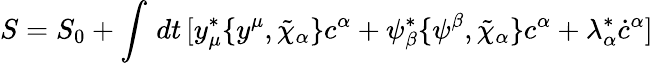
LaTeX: S=S_{0}+\int\, dt\, [y_{\mu}^{*}\{ y^{\mu},\tilde{\chi}_{\alpha}\} c^{\alpha}+\psi_{\beta}^{*}\{ \psi^{\beta},\tilde{\chi}_{\alpha}\} c^{\alpha}+\lambda_{\alpha}^{*}\dot{c}^{\alpha}]